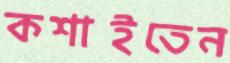
কশাইতেন